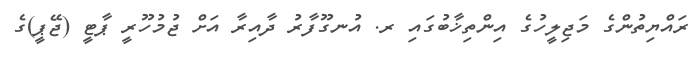
ރައްޔިތުންގެ މަޖިލީހުގެ އިންތިޚާބުގައި ރ. އުނގޫފާރު ދާއިރާ އަށް ޖުމުހޫރީ ޕާޓީ (ޖޭޕީ)ގެ